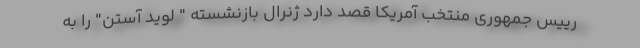
رییس جمهوری منتخب آمریکا قصد دارد ژنرال بازنشسته " لوید آستن" را به